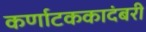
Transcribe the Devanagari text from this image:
कर्णाटककादंबरी